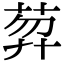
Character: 𦲇